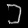
Digit: ၁